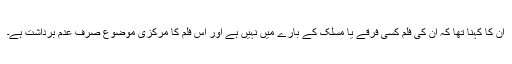
ان کا کہنا تھا کہ ان کی فلم کسی فرقے یا مسلک کے بارے میں نہیں ہے اور اس فلم کا مرکزی موضوع صرف عدم برداشت ہے۔